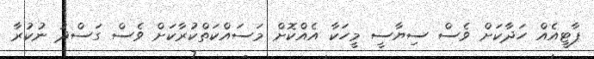
ޕާޓީއެއް ހަދާކަށް ވެސް ސިޔާސީ މީހަކާ އެއްކޮށް މަސައްކަތްކުރާކަށް ވެސް ގަސްދު ނުކުރާ